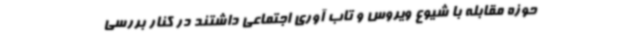
حوزه مقابله با شیوع ویروس و تاب آوری اجتماعی داشتند در کنار بررسی‌